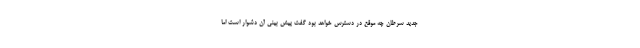
جدید سرطان چه موقع در دسترس خواهد بود گفت پیش بینی آن دشوار است اما